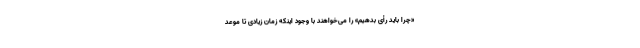
«چرا باید رأی بدهیم» را می‌خواهند با وجود اینکه زمان زیادی تا موعد